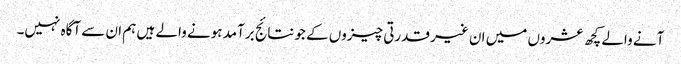
آنے والے کچھ عشروں میں ان غیر قدرتی چیزوں کے جو نتائج برآمد ہونے والے ہیں ہم ان سے آگاہ نہیں۔